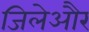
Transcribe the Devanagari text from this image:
जिलेऔर